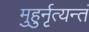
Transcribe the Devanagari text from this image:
मुहुर्नृत्यन्तं